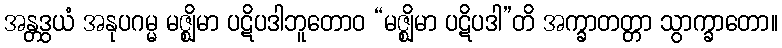
အန္တဒွယံ အနုပဂမ္မ မဇ္ဈိမာ ပဋိပဒါဘူတောဝ “မဇ္ဈိမာ ပဋိပဒါ”တိ အက္ခာတတ္တာ သွာက္ခာတော။